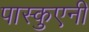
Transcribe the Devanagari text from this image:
पास्कुएनी